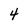
Character: 4